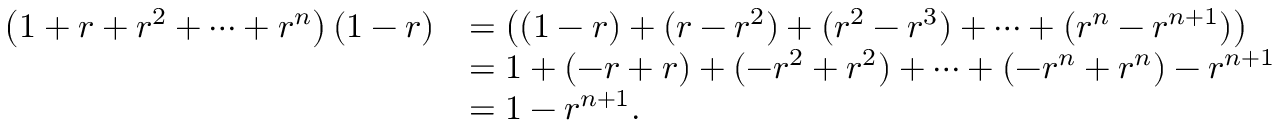
{ \begin{array} { r l } { \left( 1 + r + r ^ { 2 } + \cdots + r ^ { n } \right) ( 1 - r ) } & { = \left( ( 1 - r ) + ( r - r ^ { 2 } ) + ( r ^ { 2 } - r ^ { 3 } ) + \dots + ( r ^ { n } - r ^ { n + 1 } ) \right) } \\ & { = 1 + ( - r + r ) + ( - r ^ { 2 } + r ^ { 2 } ) + \dots + ( - r ^ { n } + r ^ { n } ) - r ^ { n + 1 } } \\ & { = 1 - r ^ { n + 1 } . } \end{array} }